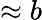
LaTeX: \approx b